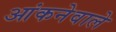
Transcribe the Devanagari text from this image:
आंकनेवाले